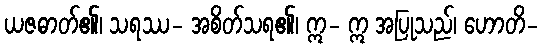
ယဇဓာတ်၏၊ သရဿ- အစိတ်သရ၏၊ ဣ- ဣ အပြုသည်၊ ဟောတိ-